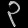
Digit: ၃